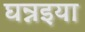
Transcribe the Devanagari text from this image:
घन्नइया